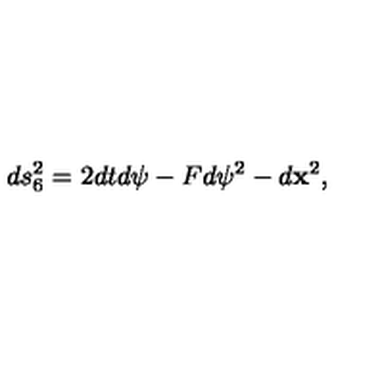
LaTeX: d s _ { 6 } ^ { 2 } = 2 d t d \psi - F d \psi ^ { 2 } - d { \bf x } ^ { 2 } ,